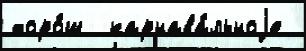
хоро́ш  карнава́льноjе